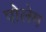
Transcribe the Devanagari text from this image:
पोलेम